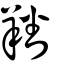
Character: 羳